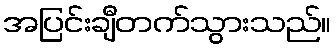
အပြင်းချီတက်သွားသည်။